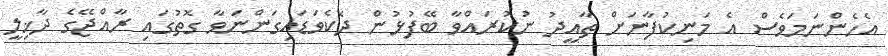
އެހެންނަމަވެސް އެ މަނިކުފާނަށް ތާއީދު ނުކުރައްވާ ބޭފުޅުން ދެކެވަޑައިގަންނަވާ ގޮތުގައި ރާއްޖޭގެ ދާޚިލީ